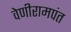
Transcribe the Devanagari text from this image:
वेणीरामपंत